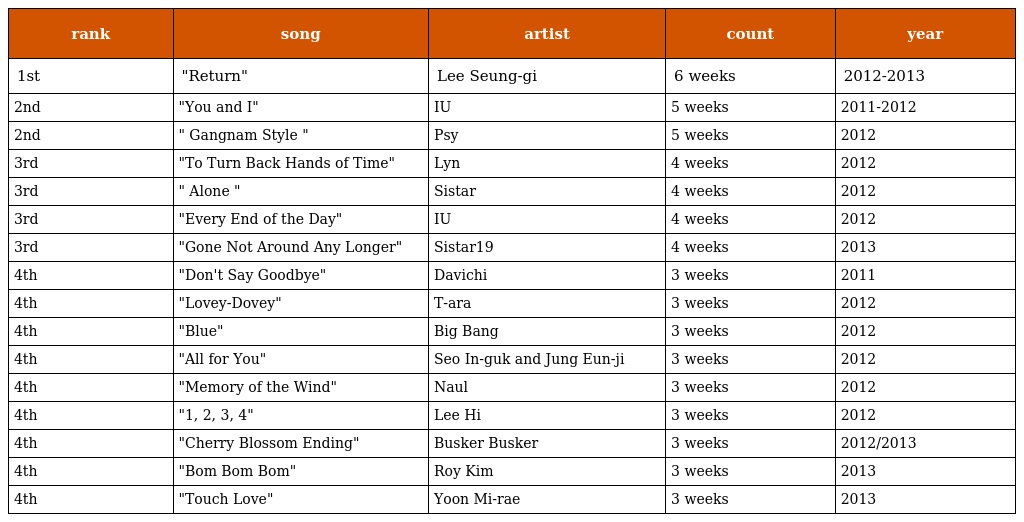
| rank | song | artist | count | year |
 | --- | --- | --- | --- | --- |
 | 1st | "Return" | Lee Seung-gi | 6 weeks | 2012-2013 |
 | 2nd | "You and I" | IU | 5 weeks | 2011-2012 |
 | 2nd | " Gangnam Style " | Psy | 5 weeks | 2012 |
 | 3rd | "To Turn Back Hands of Time" | Lyn | 4 weeks | 2012 |
 | 3rd | " Alone " | Sistar | 4 weeks | 2012 |
 | 3rd | "Every End of the Day" | IU | 4 weeks | 2012 |
 | 3rd | "Gone Not Around Any Longer" | Sistar19 | 4 weeks | 2013 |
 | 4th | "Don't Say Goodbye" | Davichi | 3 weeks | 2011 |
 | 4th | "Lovey-Dovey" | T-ara | 3 weeks | 2012 |
 | 4th | "Blue" | Big Bang | 3 weeks | 2012 |
 | 4th | "All for You" | Seo In-guk and Jung Eun-ji | 3 weeks | 2012 |
 | 4th | "Memory of the Wind" | Naul | 3 weeks | 2012 |
 | 4th | "1, 2, 3, 4" | Lee Hi | 3 weeks | 2012 |
 | 4th | "Cherry Blossom Ending" | Busker Busker | 3 weeks | 2012/2013 |
 | 4th | "Bom Bom Bom" | Roy Kim | 3 weeks | 2013 |
 | 4th | "Touch Love" | Yoon Mi-rae | 3 weeks | 2013 |